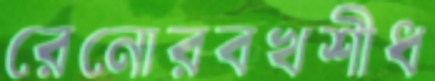
রেনোরবখশীধ